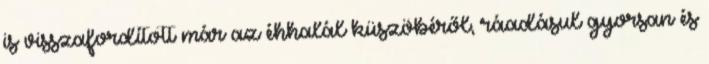
is visszafordított már az éhhalál küszöbéről, ráadásul gyorsan és